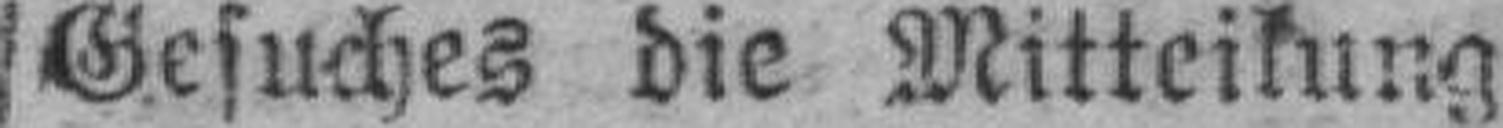
Gesuches die Mitteilung